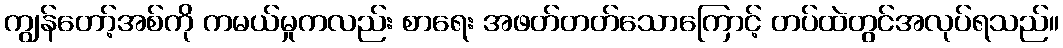
ကျွန်တော့်အစ်ကို ကမယ်မှုကလည်း စာရေး အဖတ်တတ်သောကြောင့် တပ်ထဲတွင်အလုပ်ရသည်။